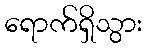
ရောက်ရှိသွား